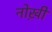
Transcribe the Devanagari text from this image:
नोख़ी